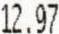
12.97